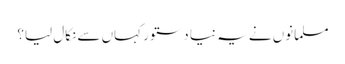
مسلمانوں نے یہ نیا دستور کہاں سے نکال لیا؟